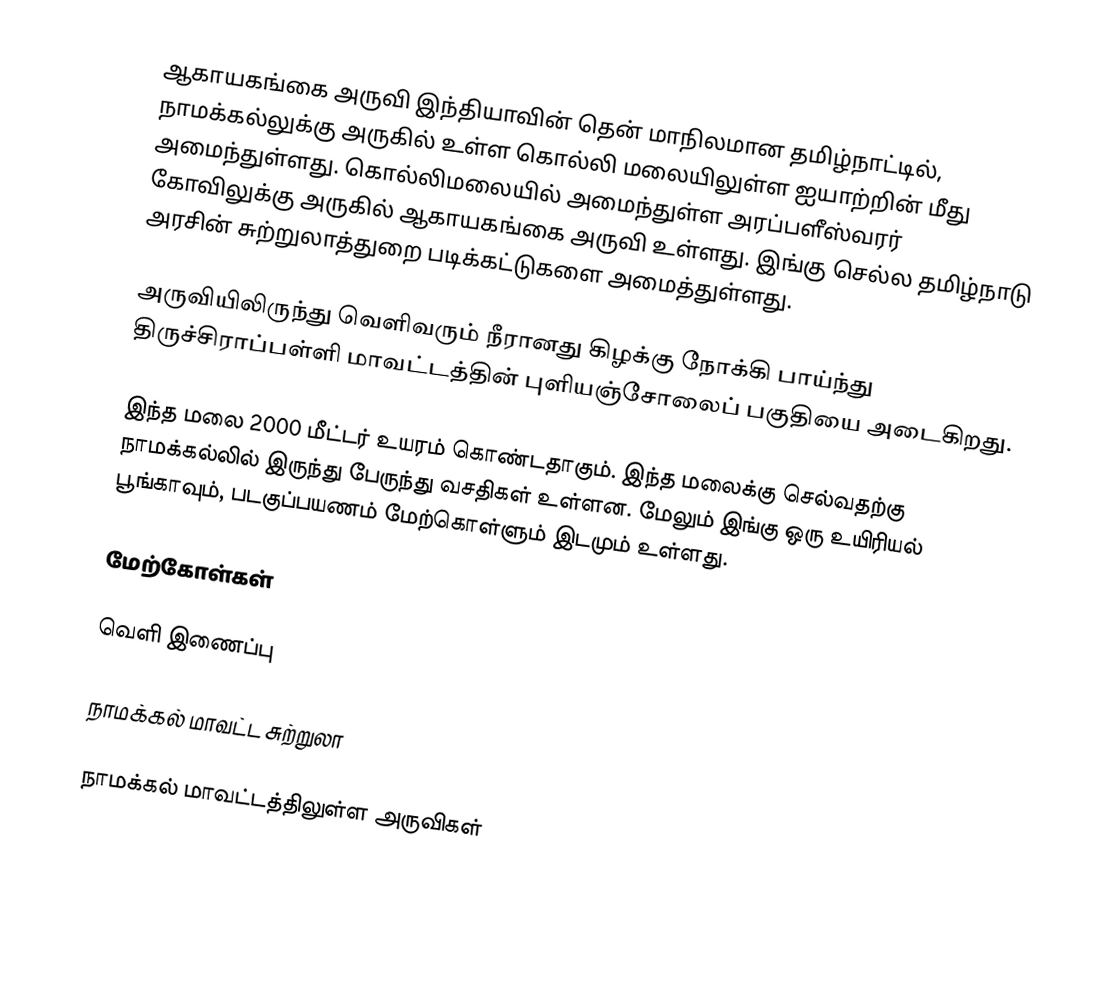
ஆகாயகங்கை அருவி இந்தியாவின் தென் மாநிலமான தமிழ்நாட்டில், நாமக்கல்லுக்கு அருகில் உள்ள கொல்லி மலையிலுள்ள ஐயாற்றின் மீது அமைந்துள்ளது. கொல்லிமலையில் அமைந்துள்ள அரப்பளீஸ்வரர் கோவிலுக்கு அருகில் ஆகாயகங்கை அருவி உள்ளது. இங்கு செல்ல தமிழ்நாடு அரசின் சுற்றுலாத்துறை படிக்கட்டுகளை அமைத்துள்ளது.

அருவியிலிருந்து வெளிவரும் நீரானது கிழக்கு நோக்கி பாய்ந்து திருச்சிராப்பள்ளி மாவட்டத்தின் புளியஞ்சோலைப் பகுதியை அடைகிறது.

இந்த மலை 2000 மீட்டர் உயரம் கொண்டதாகும். இந்த மலைக்கு செல்வதற்கு நாமக்கல்லில் இருந்து பேருந்து வசதிகள் உள்ளன. மேலும் இங்கு ஒரு உயிரியல் பூங்காவும், படகுப்பயணம் மேற்கொள்ளும் இடமும் உள்ளது.

மேற்கோள்கள்

வெளி இணைப்பு

 நாமக்கல் மாவட்ட சுற்றுலா

நாமக்கல் மாவட்டத்திலுள்ள அருவிகள்